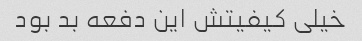
خیلی کیفیتش این دفعه بد بود